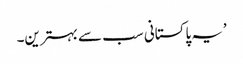
’یہ پاکستانی سب سے بہترین۔